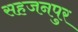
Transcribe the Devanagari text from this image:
सहजनपुर